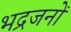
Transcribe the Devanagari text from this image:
भद्रजनों